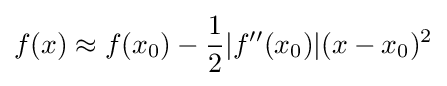
f(x)\approx f(x_{0})-{\frac {1}{2}}|f''(x_{0})|(x-x_{0})^{2}